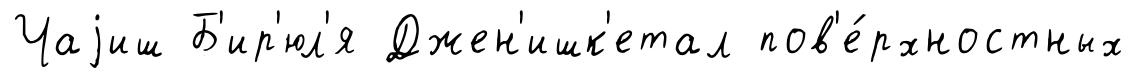
Чаjиш Б'ир'юл'я Джен'ишк'етал пов'е́рхностных